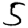
Digit: 5